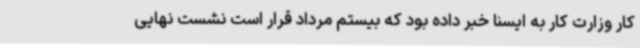
کار وزارت کار به ایسنا خبر داده بود که بیستم مرداد قرار است نشست نهایی